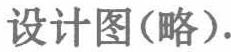
设计图(略).